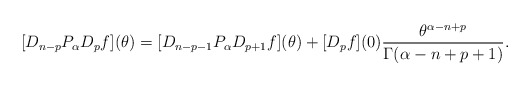
\begin{align*}[D_{n-p} P_{\alpha} D_{p}f](\theta) = [D_{n-p-1}P_{\alpha} D_{p+1}f](\theta) + [D_{p}f](0) \frac{\theta^{\alpha-n +p}}{\Gamma(\alpha-n+p+1)}.\end{align*}